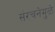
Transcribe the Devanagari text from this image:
संरचनेमुळे